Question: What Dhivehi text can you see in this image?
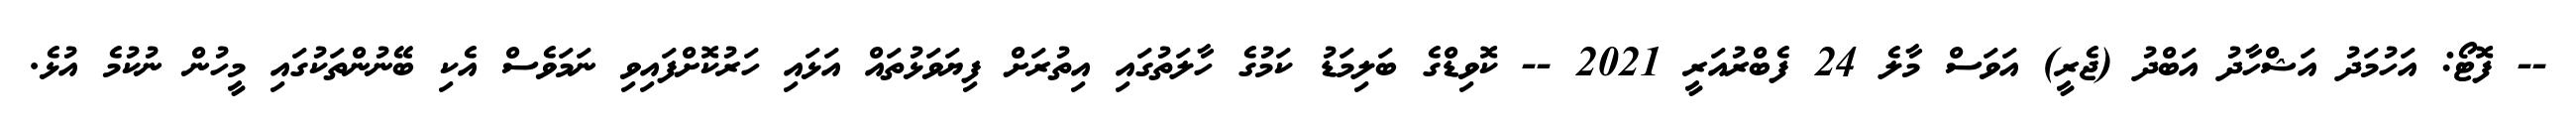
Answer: -- ފޮޓޯ: އަހުމަދު އަޝްހާދު އަބްދު (ޖެރީ) އަވަސް މާލެ 24 ފެބްރުއަރީ 2021 -- ކޮވިޑްގެ ބަލިމަޑު ކަމުގެ ހާލަތުގައި އިތުރަށް ފިޔަވަޅުތައް އަޅައި ހަރުކޮށްފައިވި ނަމަވެސް އެކި ބޭނުންތަކުގައި މީހުން ނުކުމެ އުޅެ.